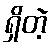
ရှိတဲ့